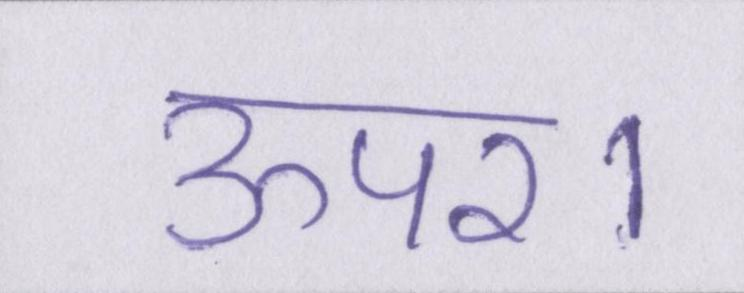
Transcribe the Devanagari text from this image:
ऊपर।